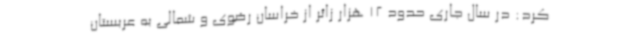
کرد: در سال جاری حدود 12 هزار زائر از خراسان‌ رضوی و شمالی به عربستان